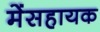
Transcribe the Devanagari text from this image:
मेंसहायक